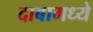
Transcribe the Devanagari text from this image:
दाबामध्ये